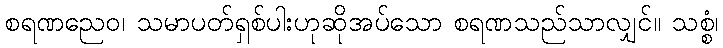
စရဏညေဝ၊ သမာပတ်ရှစ်ပါးဟုဆိုအပ်သော စရဏသည်သာလျှင်။ သစ္စံ၊